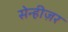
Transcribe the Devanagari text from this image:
सेन्हीज़र